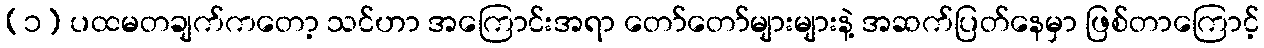
(၁) ပထမတချက်ကတော့ သင်ဟာ အကြောင်းအရာ တော်တော်များများနဲ့ အဆက်ပြတ်နေမှာ ဖြစ်တာကြောင့်